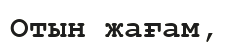
Отын жағам,